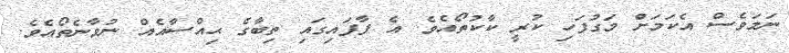
ނަމަވެސް އެކަމަށް މަގުފަހި ކުރީ ކާކުތޯއެވެ. އެ ފާފައިގައި ތިބާގެ ޙިއްސާއެއް ނުވާނެތޯއެވެ.